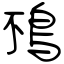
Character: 鴀